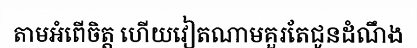
តាមអំពើចិត្ត ហើយវៀតណាមគួរតែជូនដំណឹង